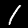
Digit: 1